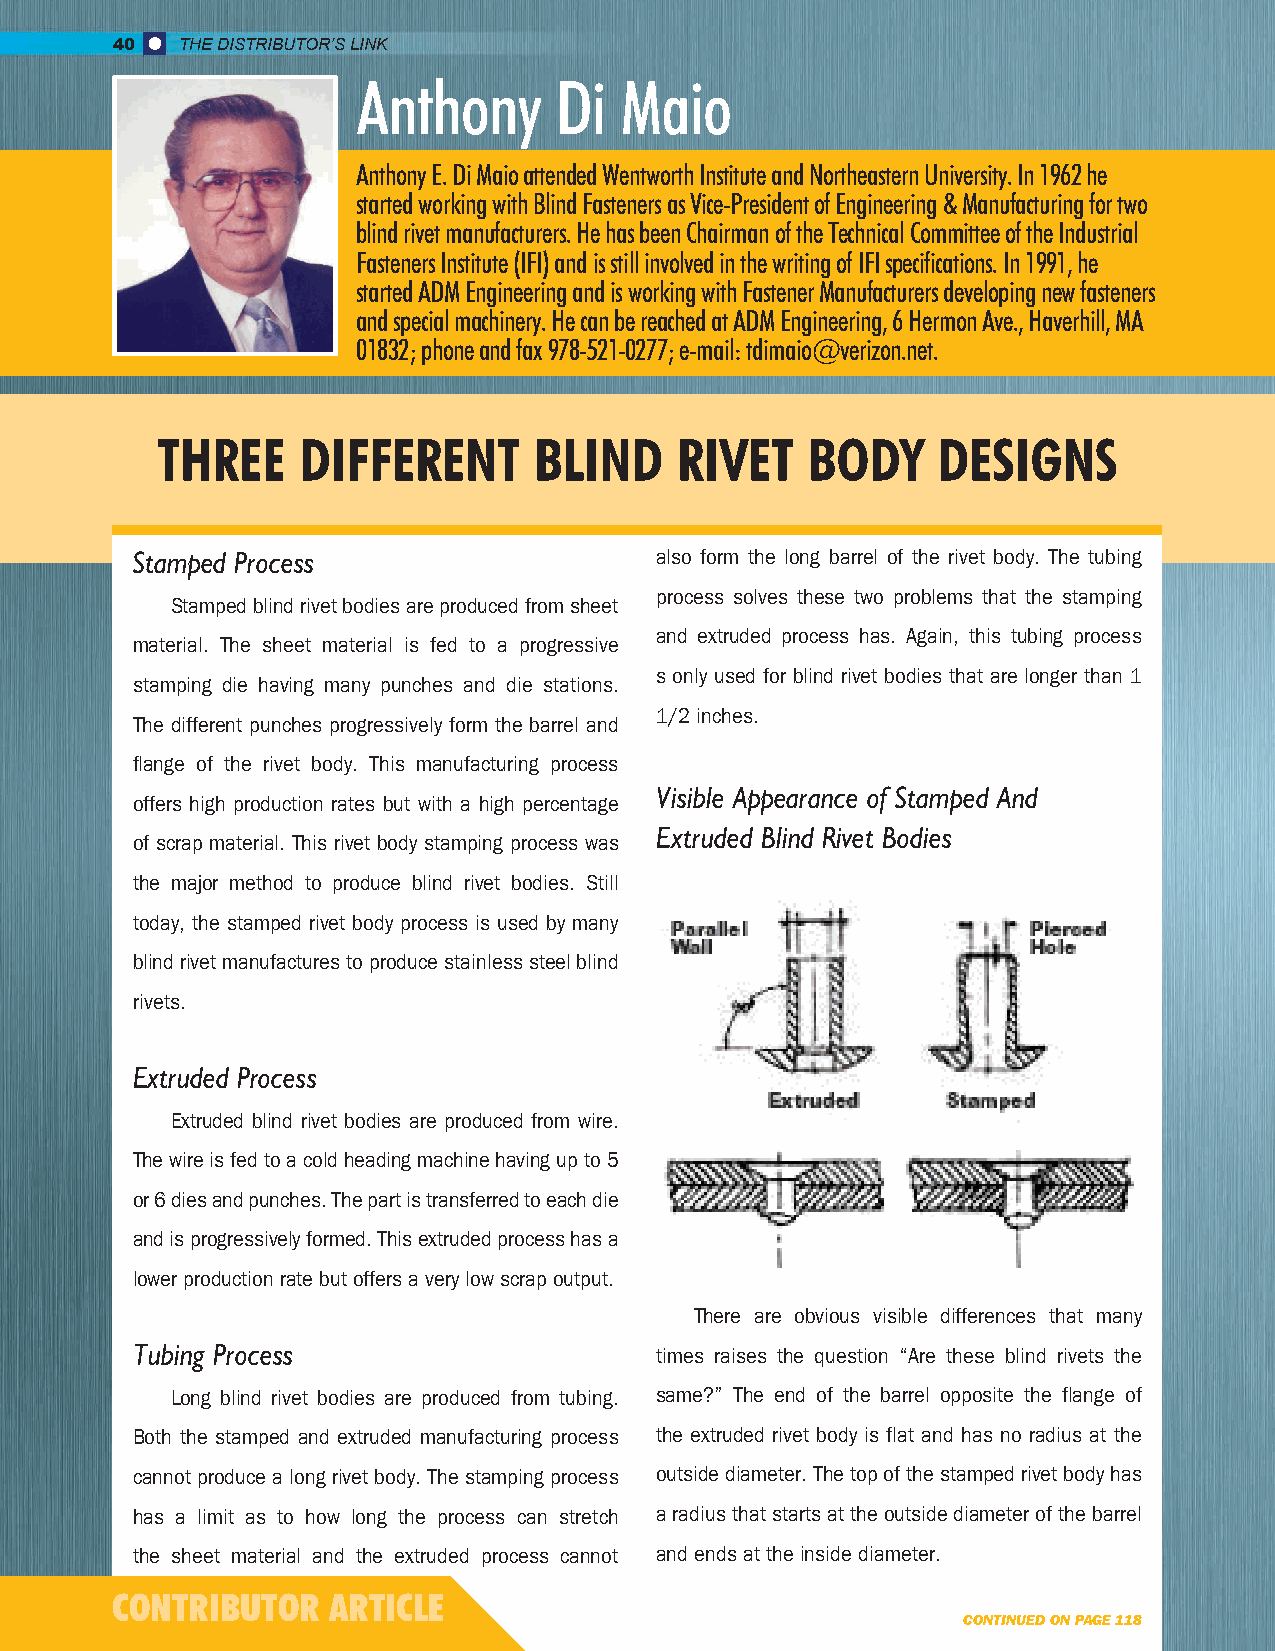
40   THE DISTRIBUTOR’S LINK
 Anthony      Di  Maio
 Anthony E. Di Maio attended Wentworth Institute and Northeastern University. In 1962 he
 started working with Blind Fasteners as Vice-President of Engineering & Manufacturing for two
 blind rivet manufacturers. He has been Chairman of the Technical Committee of the Industrial
 Fasteners Institute (IFI) and is still involved in the writing of IFI specifications. In 1991, he
 started ADM Engineering and is working with Fastener Manufacturers developing new fasteners
 and special machinery. He can be reached at ADM Engineering, 6 Hermon Ave., Haverhill, MA
 01832; phone and fax 978-521-0277; e-mail: tdimaio@verizon.net.
 THREE     DIFFERENT      BLIND     RIVET   BODY     DESIGNS
 Stamped Process                   also form the long barrel of the rivet body. The tubing
 process solves these two problems that the stamping
 Stamped blind rivet bodies are produced from sheet
 and extruded process has. Again, this tubing process
 material. The sheet material is fed to a progressive
 s only used for blind rivet bodies that are longer than 1
 stamping die having many punches and die stations.
 1/2 inches.
 The different punches progressively form the barrel and
 flange of the rivet body. This manufacturing process
 Visible Appearance of Stamped And
 offers high production rates but with a high percentage
 Extruded Blind Rivet Bodies
 of scrap material. This rivet body stamping process was
 the major method to produce blind rivet bodies. Still
 today, the stamped rivet body process is used by many
 blind rivet manufactures to produce stainless steel blind
 rivets.
 Extruded Process
 Extruded blind rivet bodies are produced from wire.
 The wire is fed to a cold heading machine having up to 5
 or 6 dies and punches. The part is transferred to each die
 and is progressively formed. This extruded process has a
 lower production rate but offers a very low scrap output.
 There are obvious visible differences that many
 Tubing Process                    times raises the question “Are these blind rivets the
 Long blind rivet bodies are produced from tubing. same?” The end of the barrel opposite the flange of
 Both the stamped and extruded manufacturing process the extruded rivet body is flat and has no radius at the
 cannot produce a long rivet body. The stamping process outside diameter. The top of the stamped rivet body has
 has a limit as to how long the process can stretch a radius that starts at the outside diameter of the barrel
 the sheet material and the extruded process cannot and ends at the inside diameter.
 CONTRIBUTOR    ARTICLE
 CONTINUED ON PAGE 118